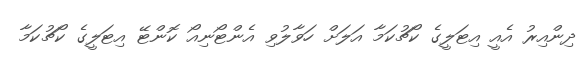
ދިންއިރު އެއީ އިޓަލީގެ ކޯޗުކަމާ އަލަށް ހަވާލުވި އެންޓޯނިއޯ ކޮންޓޭ އިޓަލީގެ ކޯޗުކަމާ